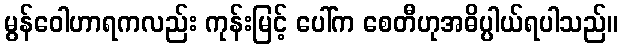
မွန်ဝေါဟာရကလည်း ကုန်းမြင့် ပေါ်က စေတီဟုအဓိပ္ပါယ်ရပါသည်။